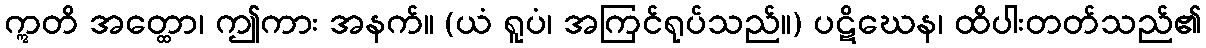
ဣတိ အတ္ထော၊ ဤကား အနက်။ (ယံ ရူပံ၊ အကြင်ရုပ်သည်။) ပဋိဃေန၊ ထိပါးတတ်သည်၏